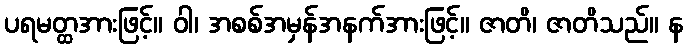
ပရမတ္ထအားဖြင့်။ ဝါ၊ အစစ်အမှန်အနက်အားဖြင့်။ ဇာတိ၊ ဇာတိသည်။ န